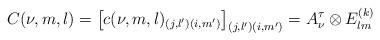
LaTeX: \begin{align*}C(\nu ,m,l)=\big[ c(\nu ,m,l)_{(j,l')(i,m')}\big]_{(j,l')(i,m')}=A_{\nu}^{\tau}\otimes E^{(k)}_{lm}\end{align*}